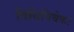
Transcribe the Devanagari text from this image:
विधिविवेकः